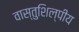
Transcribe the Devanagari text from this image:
वास्‍तुशिल्‍पीय